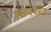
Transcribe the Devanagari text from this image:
नापंसंद